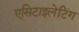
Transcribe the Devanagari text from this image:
एसिटाइलेटिंग